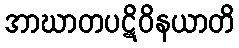
အာဃာတပဋိဝိနယာတိ